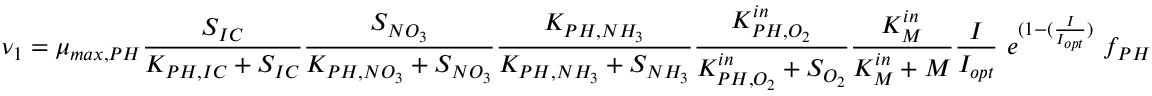
\nu _ { 1 } = \mu _ { m a x , P H } \frac { S _ { I C } } { K _ { P H , I C } + S _ { I C } } \frac { S _ { N O _ { 3 } } } { K _ { P H , N O _ { 3 } } + S _ { N O _ { 3 } } } \frac { K _ { P H , N H _ { 3 } } } { K _ { P H , N H _ { 3 } } + S _ { N H _ { 3 } } } \frac { K _ { P H , O _ { 2 } } ^ { i n } } { K _ { P H , O _ { 2 } } ^ { i n } + S _ { O _ { 2 } } } \frac { K _ { M } ^ { i n } } { K _ { M } ^ { i n } + M } \frac { I } { I _ { o p t } } \ e ^ { ( 1 - ( \frac { I } { I _ { o p t } } ) } \ f _ { P H }